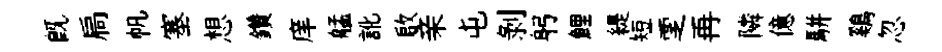
既扃帆塞想鑽庠艋訛啟亲屯剝躬鯉緹短覂再隣億駢鷄忽